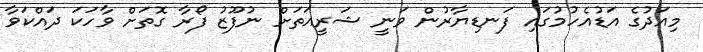
މިއަދުގެ އަޑުއެހުމުގައި ފަނޑިޔާރުން ވަނީ ޝަރީއަތަށް ނުފޫޒު ފޯރާ ގޮތަށް ވާހަކަ ދައްކަވާ